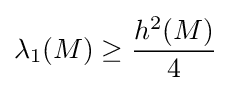
\lambda _{1}(M)\geq {\frac {h^{2}(M)}{4}}